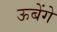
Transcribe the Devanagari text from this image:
ऊबेंगे